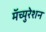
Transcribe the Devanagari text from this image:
मॅच्युरेशन